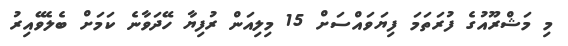
މި މަޝްރޫއުގެ ފުރަތަމަ ފިޔަވައްސަށް 15 މިލިއަން ރުފިޔާ ހޭދަވާނެ ކަމަށް ބެލެވޭއިރު